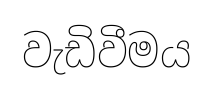
වැඩිවීමය